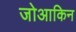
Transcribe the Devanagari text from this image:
जोआकिन